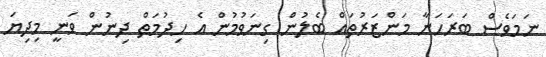
ނަމަވެސް ބަރަހަނާ މަންޒަރުތައް ބެލުން ގިނަވުމުން އެ ހިދުމަތް ދިނުން ވަނީ މިދިޔަ